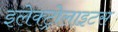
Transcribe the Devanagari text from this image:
इलेक्ट्रोलाइटस